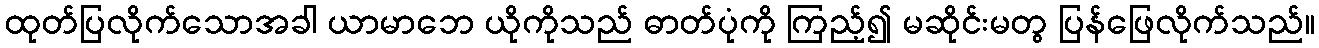
ထုတ်ပြလိုက်သောအခါ ယာမာဘေ ယိုကိုသည် ဓာတ်ပုံကို ကြည့်၍ မဆိုင်းမတွ ပြန်ဖြေလိုက်သည်။